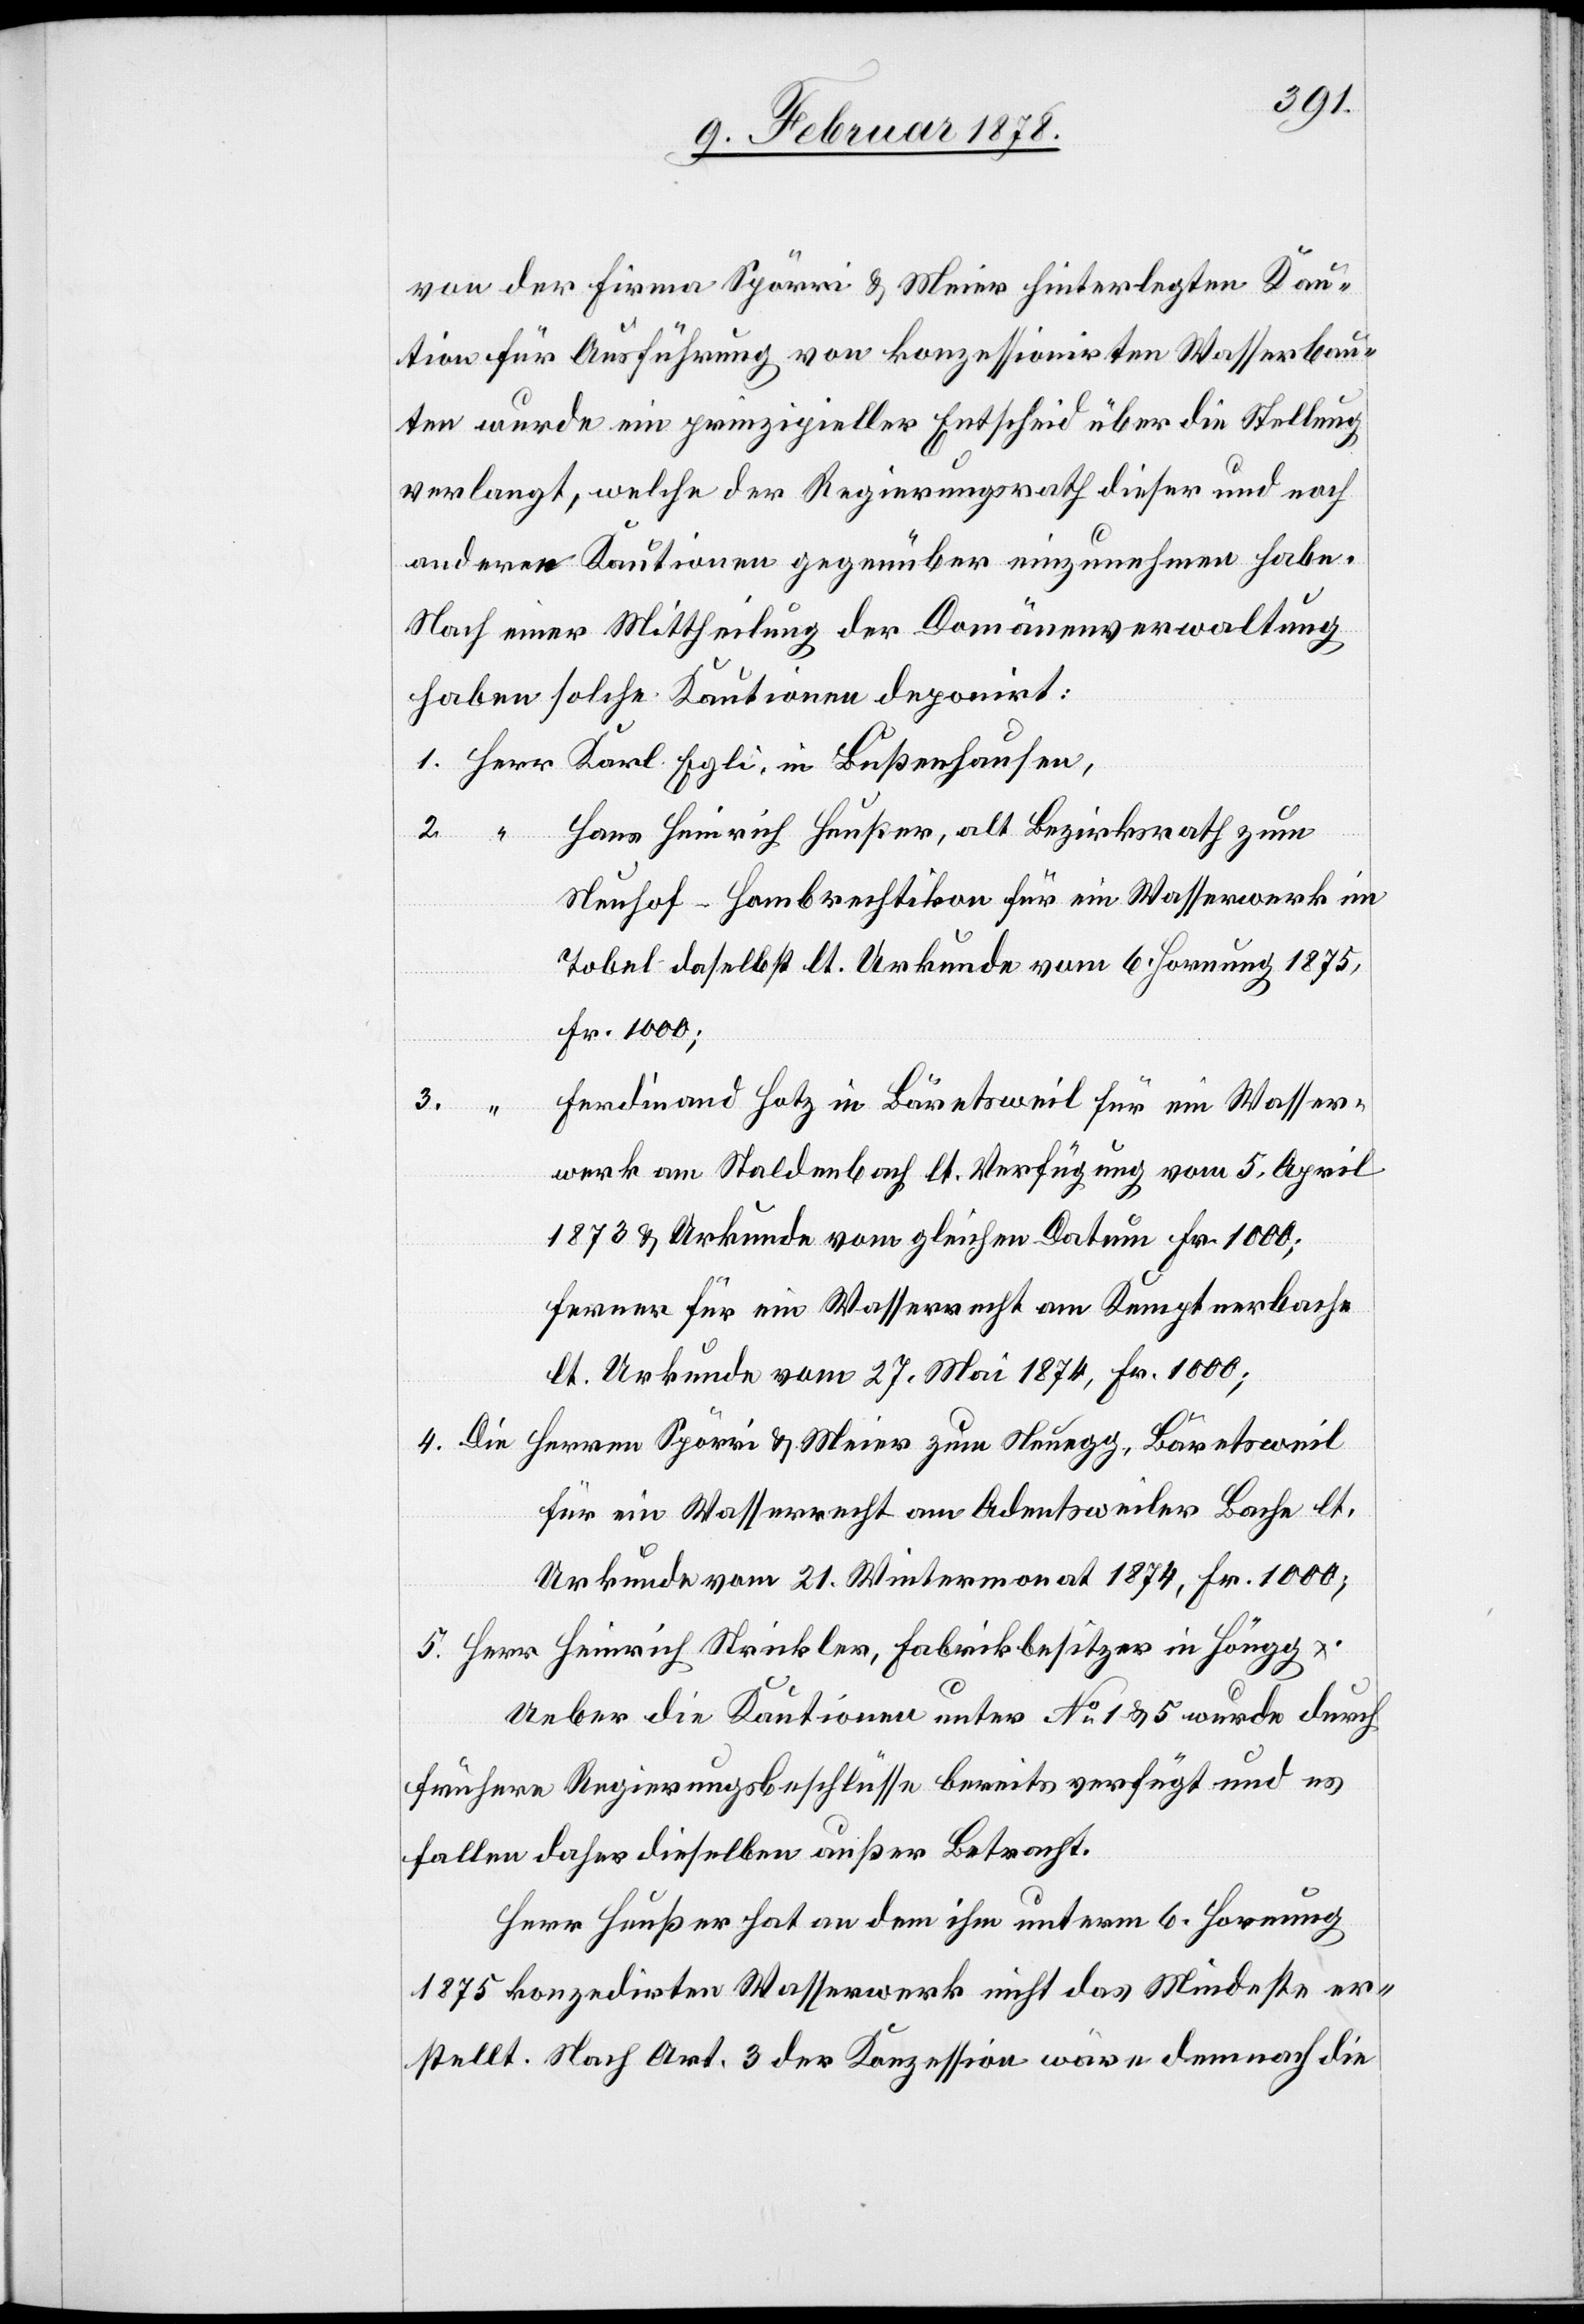
3.

von der Firma Spörri & Meier hinterlegten Kau¬
tion für Ausführung von konzessionirten Wasserbau¬
ten wurde ein prinzipieller Entscheid über die Stellung
verlangt, welche der Regierungsrath dieser und noch
anderer Kautionen gegenüber einzunehmen habe.
Nach einer Mittheilung der Domänenverwaltung
haben solche Kautionen deponirt:
1. Herr Karl Egli, in Bußenhausen,
2. “ Hans Heinrich Heußer, alt Bezirksrath zum
Neuhof - Hombrechtikon für ein Wasserwerk im
Tobel daselbst lt. Urkunde vom 6. Hornung 1875,
Fr. 1000;
Ferdinand Hotz in Bäretsweil für ein Wasser¬
werk am Staldenbach lt. Verfügung vom 5. April
1873 & Urkunde vom gleichen Datum Fr. 1000;
ferner für ein Wasserrecht am Kempterbach
lt. Urkunde vom 27. Mai 1874, Fr. 1000;
4. Die
Herren Spörri & Meier zum Neuegg, Bäretsweil
für ein Wasserrecht am Adentsweiler Bache lt.
Urkunde vom 21. Wintermonat 1874, Fr. 1000;
5. Herr Heinrich Strickler, Fabrikbesitzer in Höngg.
Ueber die Kautionen unter No 1 & 5 wurde durch
frühere Regierungsbeschlüsse bereits verfügt und es
fallen daher dieselben außer Betracht.
Herr Heußer hat an dem ihm unterm 6. Hornung
1875 konzedirten Wasserwerk nicht das Mindeste er¬
stellt. Nach Art. 3 der Konzession wäre demnach die